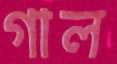
গাল